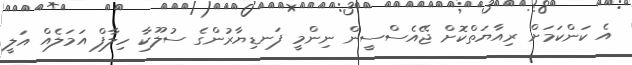
އެ ކަންކަމަށް ރިއާޔަތްކޮށް ޖޭއެސްސީން ނިންމީ ފަނޑިޔާރުންގެ ސުލޫކާ ހިލާފް އަމަލެއް އަލީ